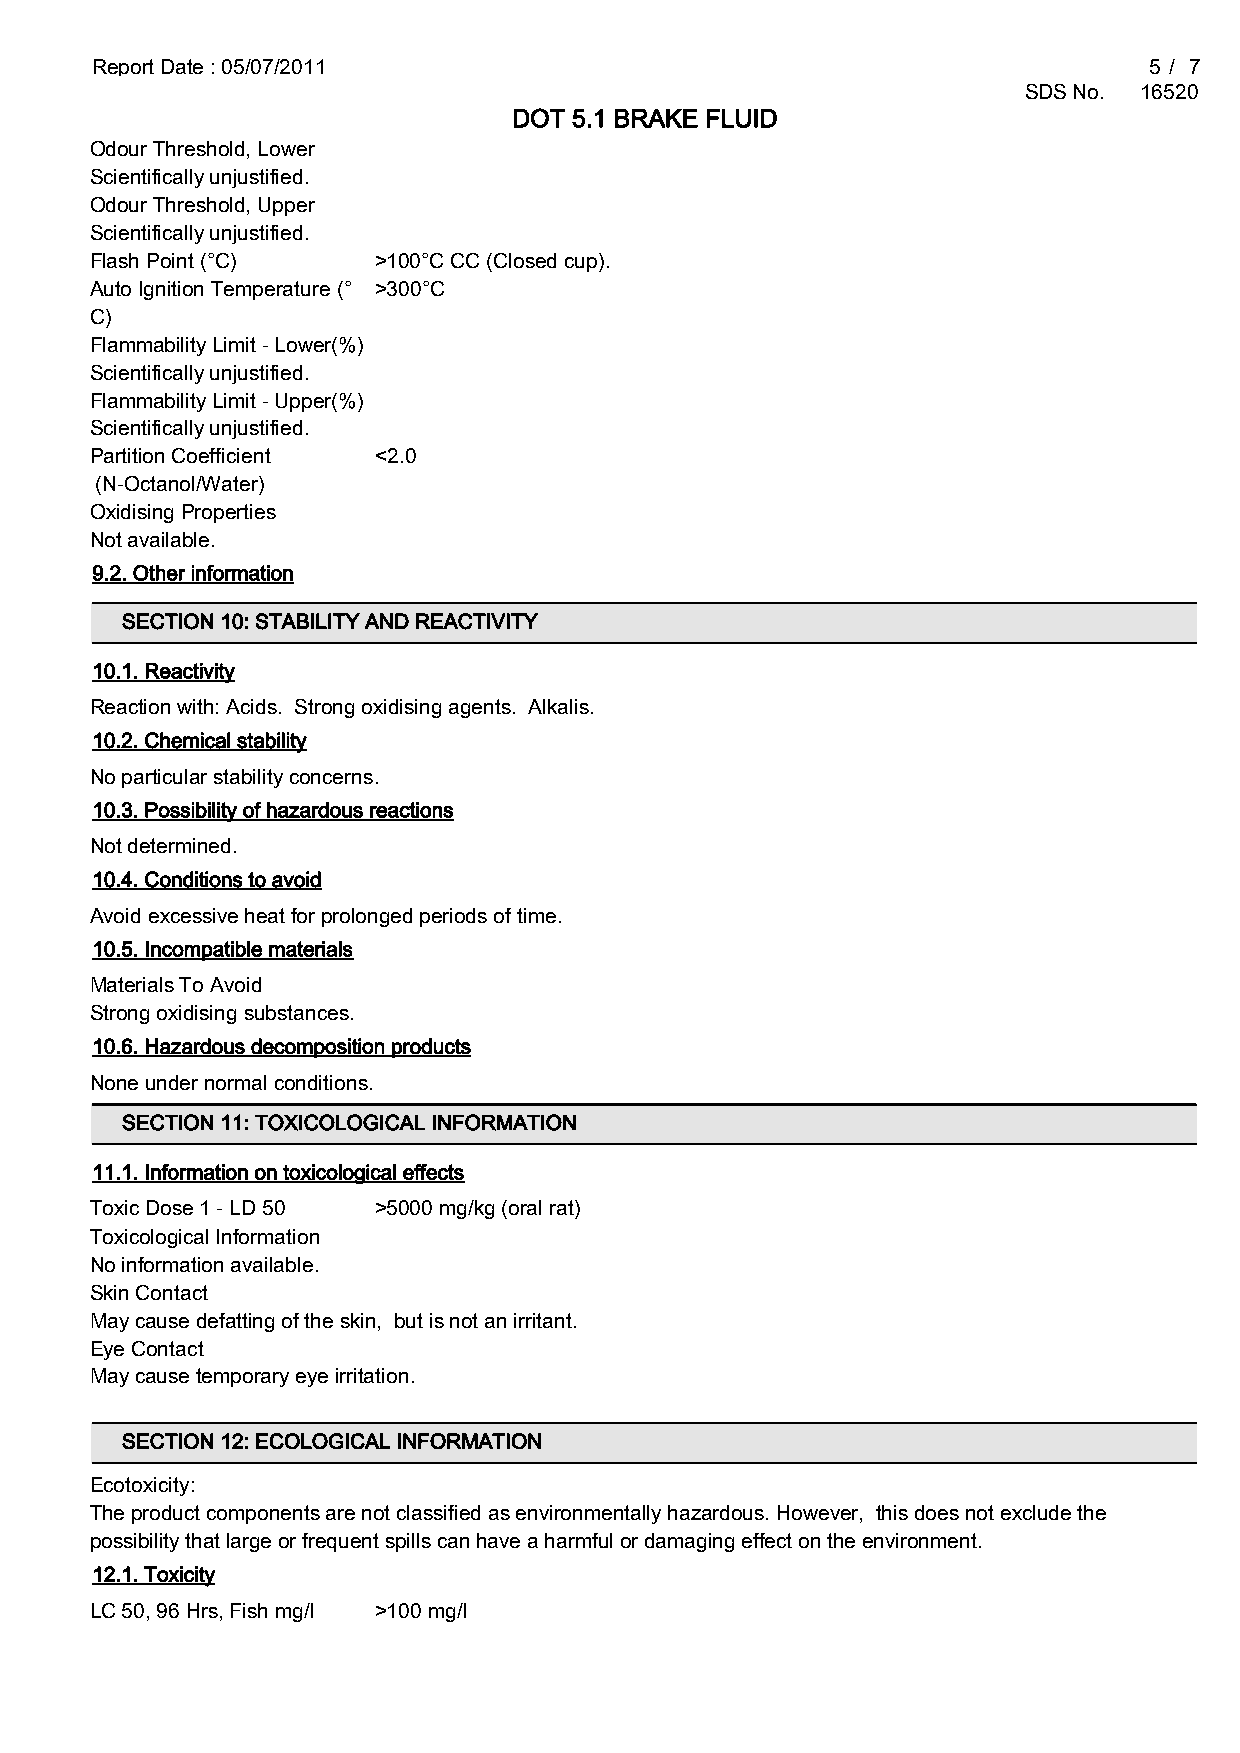
Report Date : 05/07/2011                                              5 / 7
 SDS No. 16520
 DOT 5.1 BRAKE FLUID
 Odour Threshold, Lower
 Scientifically unjustified.
 Odour Threshold, Upper
 Scientifically unjustified.
 Flash Point (°C)   >100°C CC (Closed cup).
 Auto Ignition Temperature (° >300°C
 C)
 Flammability Limit - Lower(%)
 Scientifically unjustified.
 Flammability Limit - Upper(%)
 Scientifically unjustified.
 Partition Coefficient <2.0
 (N-Octanol/Water)
 Oxidising Properties
 Not available.
 9.2. Other information
 SECTION 10: STABILITY AND REACTIVITY
 10.1. Reactivity
 Reaction with: Acids. Strong oxidising agents. Alkalis.
 10.2. Chemical stability
 No particular stability concerns.
 10.3. Possibility of hazardous reactions
 Not determined.
 10.4. Conditions to avoid
 Avoid excessive heat for prolonged periods of time.
 10.5. Incompatible materials
 Materials To Avoid
 Strong oxidising substances.
 10.6. Hazardous decomposition products
 None under normal conditions.
 SECTION 11: TOXICOLOGICAL INFORMATION
 11.1. Information on toxicological effects
 Toxic Dose 1 - LD 50 >5000 mg/kg (oral rat)
 Toxicological Information
 No information available.
 Skin Contact
 May cause defatting of the skin, but is not an irritant.
 Eye Contact
 May cause temporary eye irritation.
 SECTION 12: ECOLOGICAL INFORMATION
 Ecotoxicity:
 The product components are not classified as environmentally hazardous. However, this does not exclude the
 possibility that large or frequent spills can have a harmful or damaging effect on the environment.
 12.1. Toxicity
 LC 50, 96 Hrs, Fish mg/l >100 mg/l